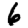
Digit: 6